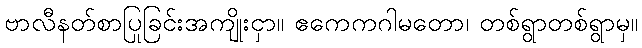
ဗာလီနတ်စာပြုခြင်းအကျိုးငှာ။ ဧကေကဂါမတော၊ တစ်ရွာတစ်ရွာမှ။